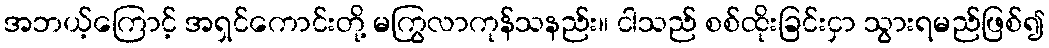
အဘယ့်ကြောင့် အရှင်ကောင်းတို့ မကြွလာကုန်သနည်း။ ငါသည် စစ်ထိုးခြင်းငှာ သွားရမည်ဖြစ်၍